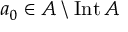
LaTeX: a _ { 0 } \in A \setminus \operatorname { I n t } A